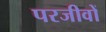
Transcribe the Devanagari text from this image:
परजीवों